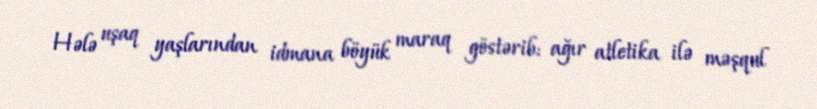
Hələ uşaq yaşlarından idmana böyük maraq göstərib: ağır atletika ilə məşqul